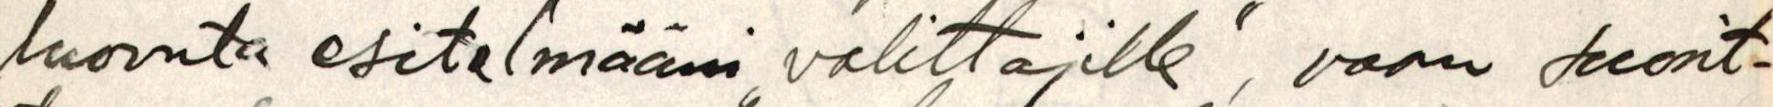
luovuta esitelmääni ,,valittajalle", vaan suorit-